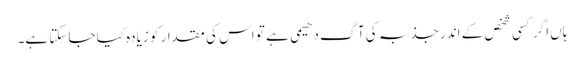
ہاں اگر کسی شخص کے اندر جذبہ کی آگ دھیمی ہے تو اس کی مقدار کو زیادہ کیا جاسکتا ہے۔